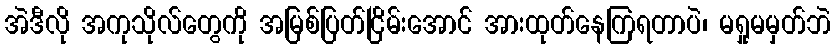
အဲဒီလို အကုသိုလ်တွေကို အမြစ်ပြတ်ငြိမ်းအောင် အားထုတ်နေကြရတာပဲ၊ မရှုမမှတ်ဘဲ